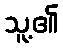
သူ့၏